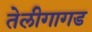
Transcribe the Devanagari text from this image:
तेलीगागड